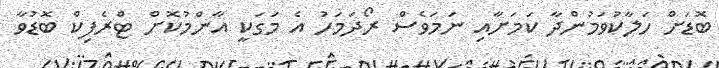
ބޮޑަށް ހަލާކުވަމުންދާ ކަމަށާއި ނަމަވެސް ރޯދަމަހު އެ މަގަކީ އާންމުކޮށް ޓްރެފިކް ބޮޑުވާ